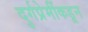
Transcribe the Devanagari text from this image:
दुर्गप्रेमींकडून